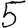
Digit: 5